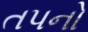
તપનો